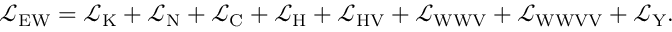
{ \mathcal { L } } _ { \mathrm { E W } } = { \mathcal { L } } _ { \mathrm { K } } + { \mathcal { L } } _ { \mathrm { N } } + { \mathcal { L } } _ { \mathrm { C } } + { \mathcal { L } } _ { \mathrm { H } } + { \mathcal { L } } _ { \mathrm { H V } } + { \mathcal { L } } _ { \mathrm { W W V } } + { \mathcal { L } } _ { \mathrm { W W V V } } + { \mathcal { L } } _ { \mathrm { Y } } .